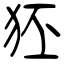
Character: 狉